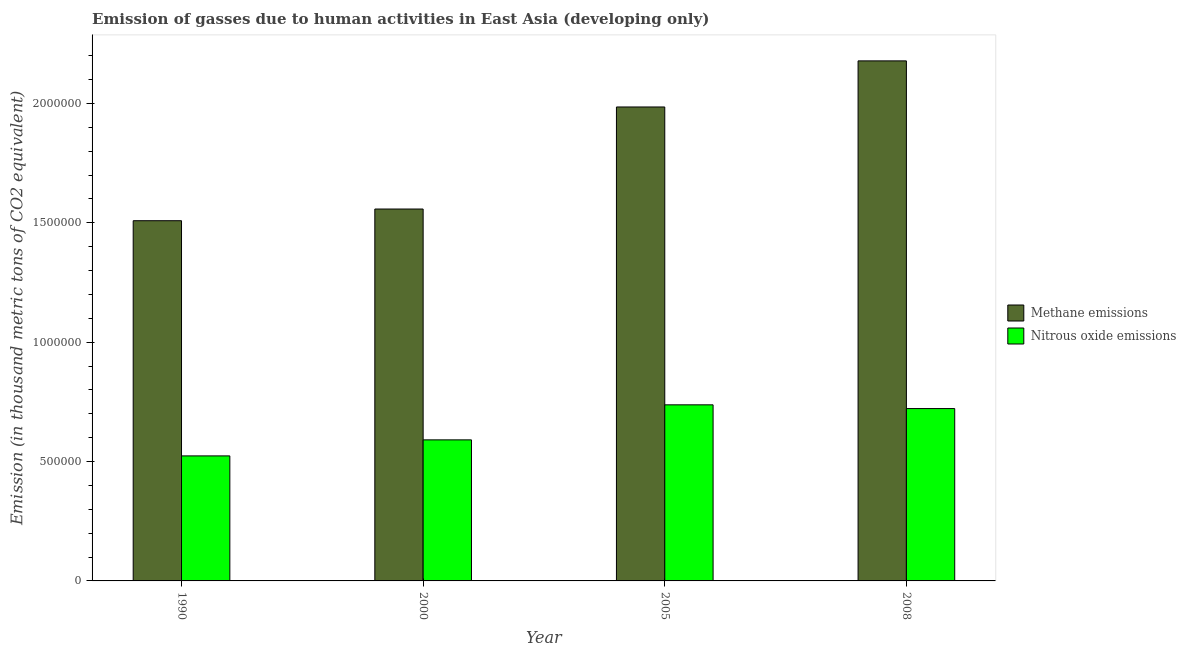
| Year | Methane emissions | Nitrous oxide emissions |
 | --- | --- | --- |
 | 1990 | 1.51e+06 | 5.24e+05 |
 | 2000 | 1.56e+06 | 5.91e+05 |
 | 2005 | 1.99e+06 | 7.38e+05 |
 | 2008 | 2.18e+06 | 7.22e+05 |